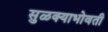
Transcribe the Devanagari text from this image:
सुळक्याभोवती